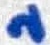
Text: 2